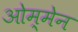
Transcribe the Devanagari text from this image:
ओम्मेन